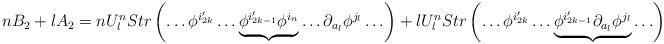
LaTeX: \begin{align*}nB_2+lA_2= n U^n_l Str\left(\ldots \phi^{i_{2k}'}\ldots \underbrace{\phi^{i_{2k-1}'}\phi^{i_n}}\ldots \partial_{a_l}\phi^{j_l}\ldots \right) +l U^n_l Str\left(\ldots \phi^{i_{2k}'}\ldots \underbrace{\phi^{i_{2k-1}'}\partial_{a_l}\phi^{j_l}}\ldots \right)\end{align*}